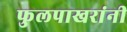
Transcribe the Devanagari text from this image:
फुलपाखरांनी